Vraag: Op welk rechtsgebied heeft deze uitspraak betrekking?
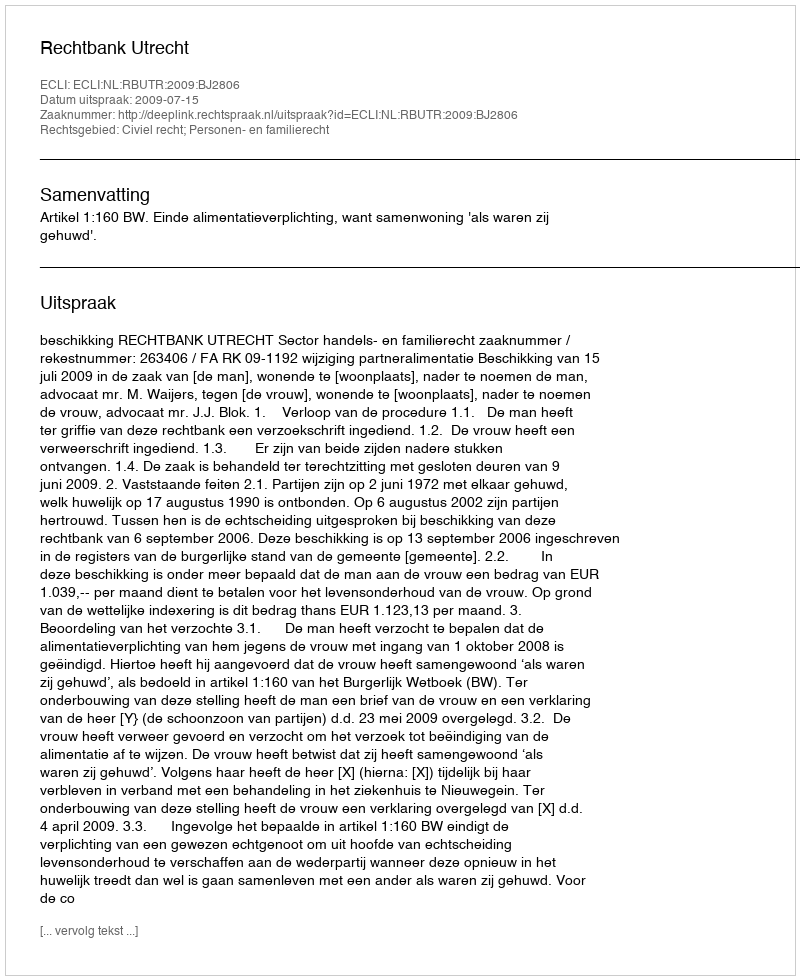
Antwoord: Civiel recht; Personen- en familierecht